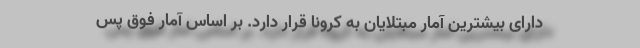
دارای بیشترین آمار مبتلایان به کرونا قرار دارد. بر اساس آمار فوق پس